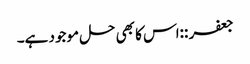
جعفر ::‌اس کا بھی حل موجود ہے۔